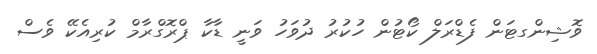
ވޮޝިންގޓަން ފެޑްރަލް ކޯޓުން ހުކުރު ދުވަހު ވަނީ ޑާކާ ޕްރޮގްރާމް ކުރިއެކޭ ވެސް